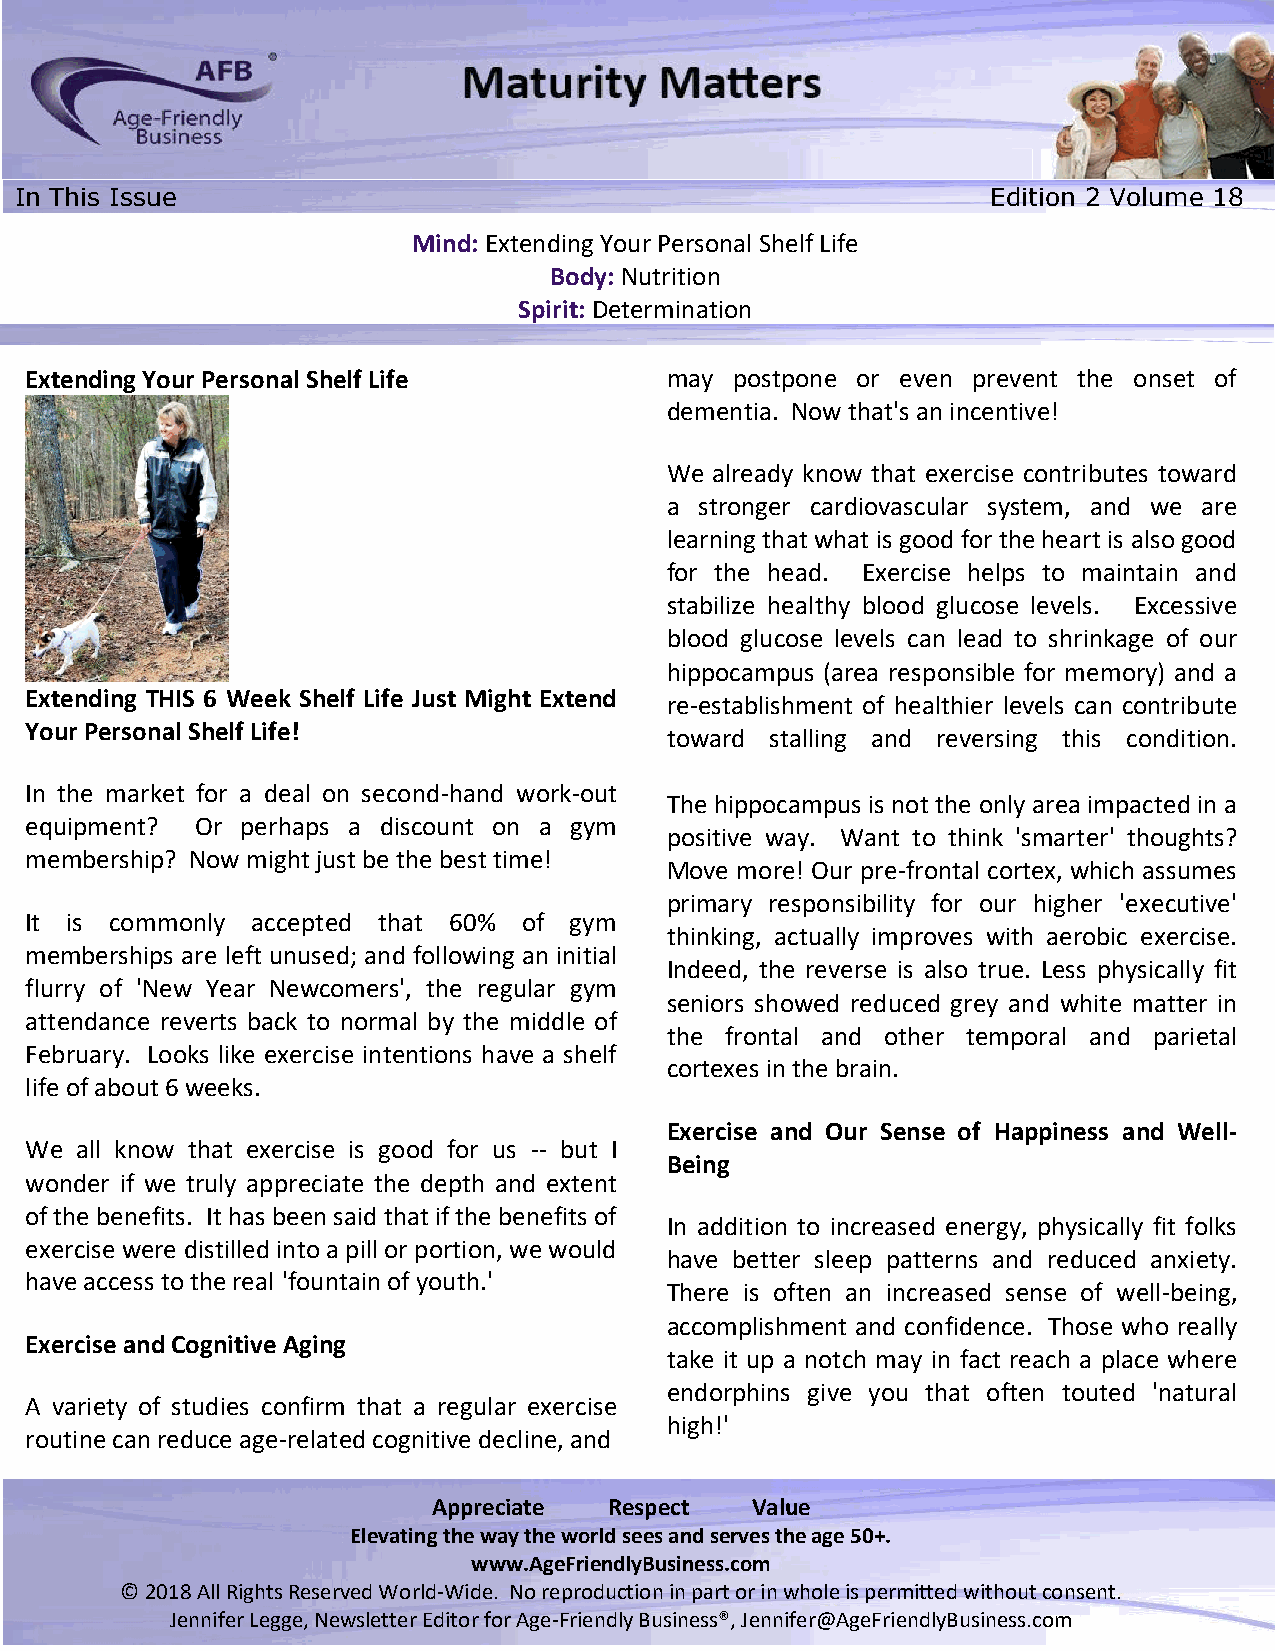
In This Issue                                                    Edition 2 Volume 18
 Mind: Extending Your Personal Shelf Life
 Body: Nutrition
 Spirit: Determination
 Extending Your Personal Shelf Life        may  postpone or even prevent the onset of
 dementia. Now that's an incentive!
 We already know that exercise contributes toward
 a stronger cardiovascular system, and we are
 learning that what is good for the heart is also good
 for the head. Exercise helps to maintain and
 stabilize healthy blood glucose levels. Excessive
 blood glucose levels can lead to shrinkage of our
 hippocampus (area responsible for memory) and a
 Extending THIS 6 Week Shelf Life Just Might Extend
 re-establishment of healthier levels can contribute
 Your Personal Shelf Life!
 toward stalling and reversing this condition.
 In the market for a deal on second-hand work-out
 The hippocampus is not the only area impacted in a
 equipment? Or perhaps a discount on a gym
 positive way. Want to think 'smarter' thoughts?
 membership? Now might just be the best time!
 Move more! Our pre-frontal cortex, which assumes
 primary responsibility for our higher 'executive'
 It is commonly accepted that 60% of gym
 thinking, actually improves with aerobic exercise.
 memberships are left unused; and following an initial
 Indeed, the reverse is also true. Less physically fit
 flurry of 'New Year Newcomers', the regular gym
 seniors showed reduced grey and white matter in
 attendance reverts back to normal by the middle of
 the frontal and other temporal and parietal
 February. Looks like exercise intentions have a shelf
 cortexes in the brain.
 life of about 6 weeks.
 Exercise and Our Sense of Happiness and Well-
 We all know that exercise is good for us -- but I
 Being
 wonder if we truly appreciate the depth and extent
 of the benefits. It has been said that if the benefits of
 In addition to increased energy, physically fit folks
 exercise were distilled into a pill or portion, we would
 have better sleep patterns and reduced anxiety.
 have access to the real 'fountain of youth.'
 There is often an increased sense of well-being,
 accomplishment and confidence. Those who really
 Exercise and Cognitive Aging
 take it up a notch may in fact reach a place where
 endorphins give you that often touted 'natural
 A variety of studies confirm that a regular exercise
 high!'
 routine can reduce age-related cognitive decline, and
 Appreciate Respect   Value
 Elevating the way the world sees and serves the age 50+.
 www.AgeFriendlyBusiness.com
 © 2018 All Rights Reserved World-Wide. No reproduction in part or in whole is permitted without consent.
 Jennifer Legge, Newsletter Editor for Age-Friendly Business®, Jennifer@AgeFriendlyBusiness.com